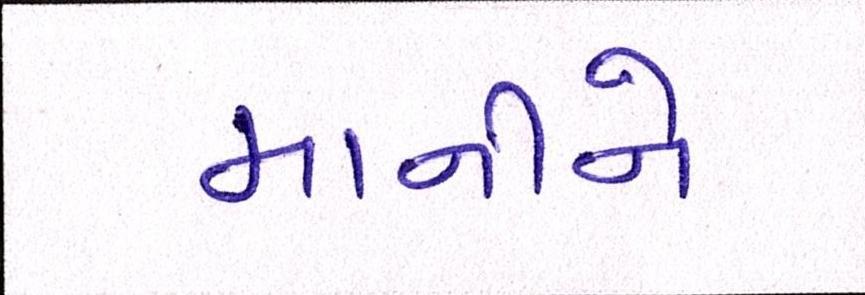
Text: માનીને